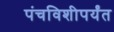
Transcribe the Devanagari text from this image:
पंचविशीपर्यंत